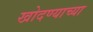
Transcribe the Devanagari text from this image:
खोदण्याच्या